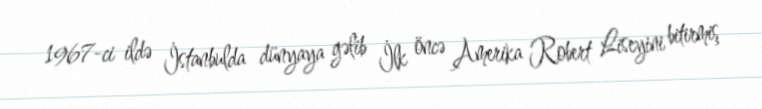
1967-ci ildə İstanbulda dünyaya gəlib İlk öncə Amerika Robert Liseyini bitirmiş